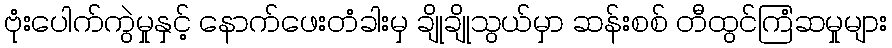
ဗုံးပေါက်ကွဲမှုနှင့် နောက်ဖေးတံခါးမှ ချိုချိုသွယ်မှာ ဆန်းစစ် တီထွင်ကြံဆမှုများ